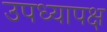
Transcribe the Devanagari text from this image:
उपध्यापक्ष